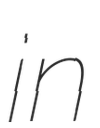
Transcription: in